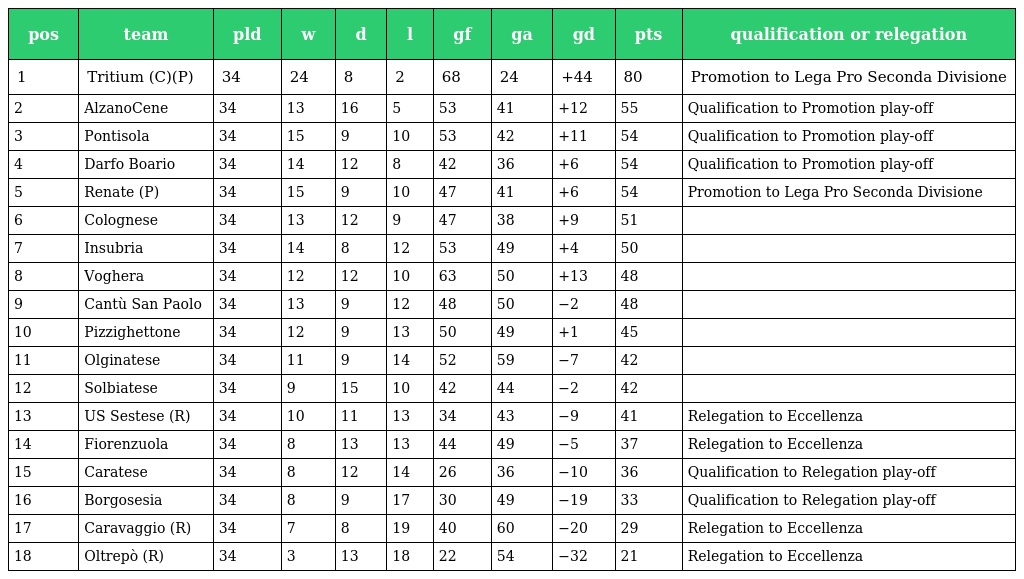
| pos | team | pld | w | d | l | gf | ga | gd | pts | qualification or relegation |
 | --- | --- | --- | --- | --- | --- | --- | --- | --- | --- | --- |
 | 1 | Tritium (C)(P) | 34 | 24 | 8 | 2 | 68 | 24 | +44 | 80 | Promotion to Lega Pro Seconda Divisione |
 | 2 | AlzanoCene | 34 | 13 | 16 | 5 | 53 | 41 | +12 | 55 | Qualification to Promotion play-off |
 | 3 | Pontisola | 34 | 15 | 9 | 10 | 53 | 42 | +11 | 54 | Qualification to Promotion play-off |
 | 4 | Darfo Boario | 34 | 14 | 12 | 8 | 42 | 36 | +6 | 54 | Qualification to Promotion play-off |
 | 5 | Renate (P) | 34 | 15 | 9 | 10 | 47 | 41 | +6 | 54 | Promotion to Lega Pro Seconda Divisione |
 | 6 | Colognese | 34 | 13 | 12 | 9 | 47 | 38 | +9 | 51 |  |
 | 7 | Insubria | 34 | 14 | 8 | 12 | 53 | 49 | +4 | 50 |  |
 | 8 | Voghera | 34 | 12 | 12 | 10 | 63 | 50 | +13 | 48 |  |
 | 9 | Cantù San Paolo | 34 | 13 | 9 | 12 | 48 | 50 | −2 | 48 |  |
 | 10 | Pizzighettone | 34 | 12 | 9 | 13 | 50 | 49 | +1 | 45 |  |
 | 11 | Olginatese | 34 | 11 | 9 | 14 | 52 | 59 | −7 | 42 |  |
 | 12 | Solbiatese | 34 | 9 | 15 | 10 | 42 | 44 | −2 | 42 |  |
 | 13 | US Sestese (R) | 34 | 10 | 11 | 13 | 34 | 43 | −9 | 41 | Relegation to Eccellenza |
 | 14 | Fiorenzuola | 34 | 8 | 13 | 13 | 44 | 49 | −5 | 37 | Relegation to Eccellenza |
 | 15 | Caratese | 34 | 8 | 12 | 14 | 26 | 36 | −10 | 36 | Qualification to Relegation play-off |
 | 16 | Borgosesia | 34 | 8 | 9 | 17 | 30 | 49 | −19 | 33 | Qualification to Relegation play-off |
 | 17 | Caravaggio (R) | 34 | 7 | 8 | 19 | 40 | 60 | −20 | 29 | Relegation to Eccellenza |
 | 18 | Oltrepò (R) | 34 | 3 | 13 | 18 | 22 | 54 | −32 | 21 | Relegation to Eccellenza |